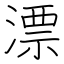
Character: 漂